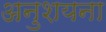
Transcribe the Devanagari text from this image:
अनुशयना